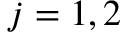
j = 1 , 2